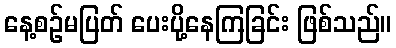
နေ့စဉ်မပြတ် ပေးပို့နေကြခြင်း ဖြစ်သည်။